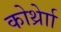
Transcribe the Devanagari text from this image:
कोर्थ्रेाा